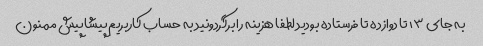
به جای ۱۳ تا دوازده تا فرستاده بودید لطفا هزینه را برگردونید به حساب کاربریم پیشاپیش ممنون